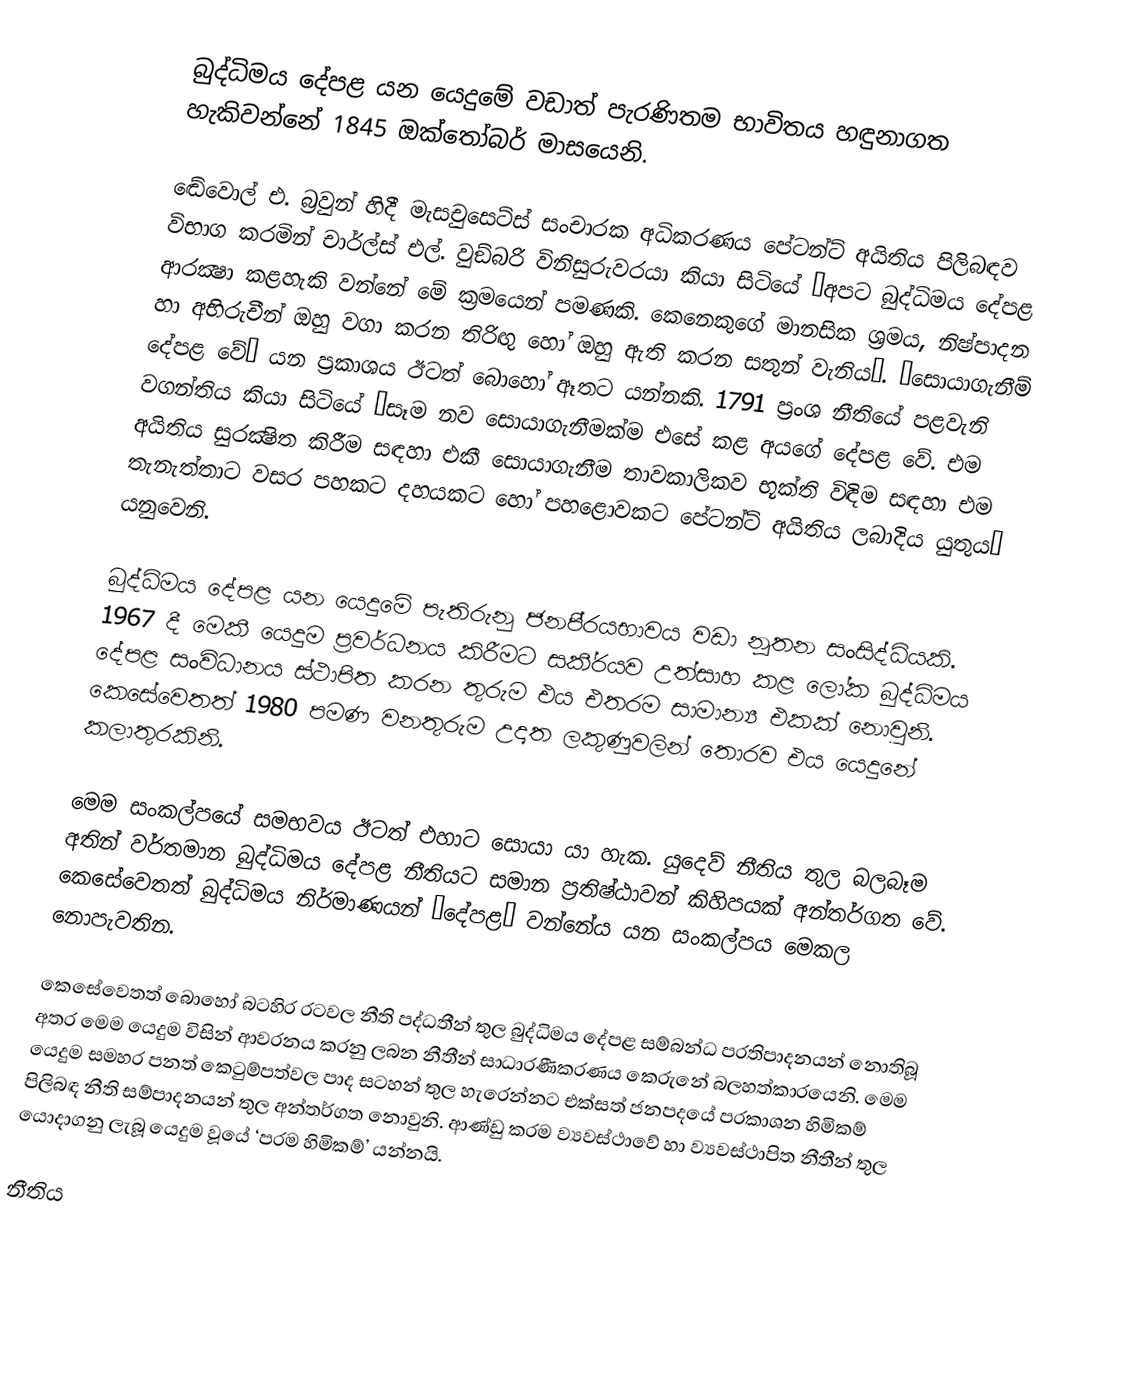
බුද්ධිමය දේපළ යන යෙදුමේ වඩාත් පැරණිතම භාවිතය හඳුනාගත හැකිවන්නේ 1845 ඔක්තෝබර් මාසයෙනි.

ඬේවොල් එ. බ‍්‍රවුන් හිදී මැසචුසෙට්ස් සංචාරක අධිකරණය පේටන්ට් අයිතිය පිලිබඳව විභාග කරමින් චාර්ල්ස් එල්. වුඞ්බරි විනිසුරුවරයා කියා සිටියේ ‘අපට බුද්ධිමය දේපළ ආරක්‍ෂා කළහැකි වන්නේ මේ ක‍්‍රමයෙන් පමණකි. කෙනෙකුගේ මානසික ශ‍්‍රමය, නිෂ්පාදන හා අභිරුචීන් ඔහු වගා කරන තිරිඟු හෝ ඔහු ඇති කරන සතුන් වැනිය’. ‘සොයාගැනීම් දේපළ වේ’ යන ප‍්‍රකාශය ඊටත් බොහෝ ඈතට යන්නකි. 1791 ප‍්‍රංශ නීතියේ පළවැනි වගන්තිය කියා සිටියේ ‘සෑම නව සොයාගැනීමක්ම එසේ කළ අයගේ දේපළ වේ. එම අයිතිය සුරක්‍ෂිත කිරීම සඳහා එකී සොයාගැනීම තාවකාලිකව භූක්ති විඳිම සඳහා එම තැනැත්තාට වසර පහකට දහයකට හෝ පහළොවකට පේටන්ට් අයිතිය ලබාදිය යුතුය’ යනුවෙනි.

බුද්ධිමය දේපළ යන යෙදුමේ පැතිරුනු ජනපි‍්‍රයභාවය වඩා නූතන සංසිද්ධියකි. 1967 දී මෙකී යෙදුම ප‍්‍රවර්ධනය කිරීමට සකී‍්‍රයව උත්සාහ කළ ලෝක බුද්ධිමය දේපළ සංවිධානය ස්ථාපිත කරන තුරුම එය එතරම සාමාන්‍ය එකක් නොවුනි. කෙසේවෙතත් 1980 පමණ වනතුරුම උදෘත ලකුණුවලින් තොරව එය යෙදුනේ කලාතුරකිනි.

මෙම සංකල්පයේ සමභවය ඊටත් එහාට සොයා යා හැක. යුදෙව් නීතිය තුල බලබෑම අතින් වර්තමාන බුද්ධිමය දේපළ නීතියට සමාන ප‍්‍රතිෂ්ඨාවන් කිහිපයක් අන්තර්ගත වේ. කෙසේවෙතත් බුද්ධිමය නිර්මාණයන් ‘දේපළ’ වන්නේය යන සංකල්පය මෙකල නොපැවතින.

කෙසේවෙතත් බොහෝ බටහිර රටවල නීති පද්ධතීන් තුල බුද්ධිමය දේපළ සම්බන්ධ ප‍්‍රතිපාදනයන් නොතිබූ අතර මෙම යෙදුම විසින් ආවරනය කරනු ලබන නීතීන් සාධාරණීකරණය කෙරුනේ බලහත්කාරයෙනි. මෙම යෙදුම සමහර පනත් කෙටුම්පත්වල පාද සටහන් තුල හැරෙන්නට එක්සත් ජනපදයේ ප‍්‍රකාශන හිමිකම් පිලිබඳ නීති සම්පාදනයන් තුල අන්තර්ගත නොවුනි. ආණ්ඩු ක‍්‍රම ව්‍යවස්ථාවේ හා ව්‍යවස්ථාපිත නීතීන් තුල යොදාගනු ලැබූ යෙදුම වූයේ ‘පරම හිමිකම්’ යන්නයි.

 නීතිය